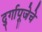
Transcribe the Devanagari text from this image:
दुर्गापूजेचे